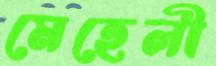
মেহেলী